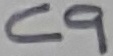
Text: C9